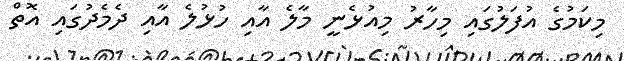
މިކަމުގެ އުފަލުގައި މިހާރު މިއުޅެނީ މާލެ އާއި ހުޅުލެ އާއި ދެމެދުގައި އޮތް